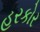
હરકોર